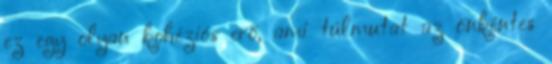
ez egy olyan kohéziós erő, ami túlmutat az önkéntes